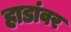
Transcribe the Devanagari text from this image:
हाडांवर